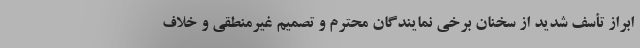
ابراز تأسف شدید از سخنان برخی نمایندگان محترم و تصمیم غیرمنطقی و خلاف